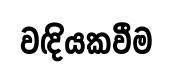
වඳියකවීම